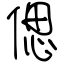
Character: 偲